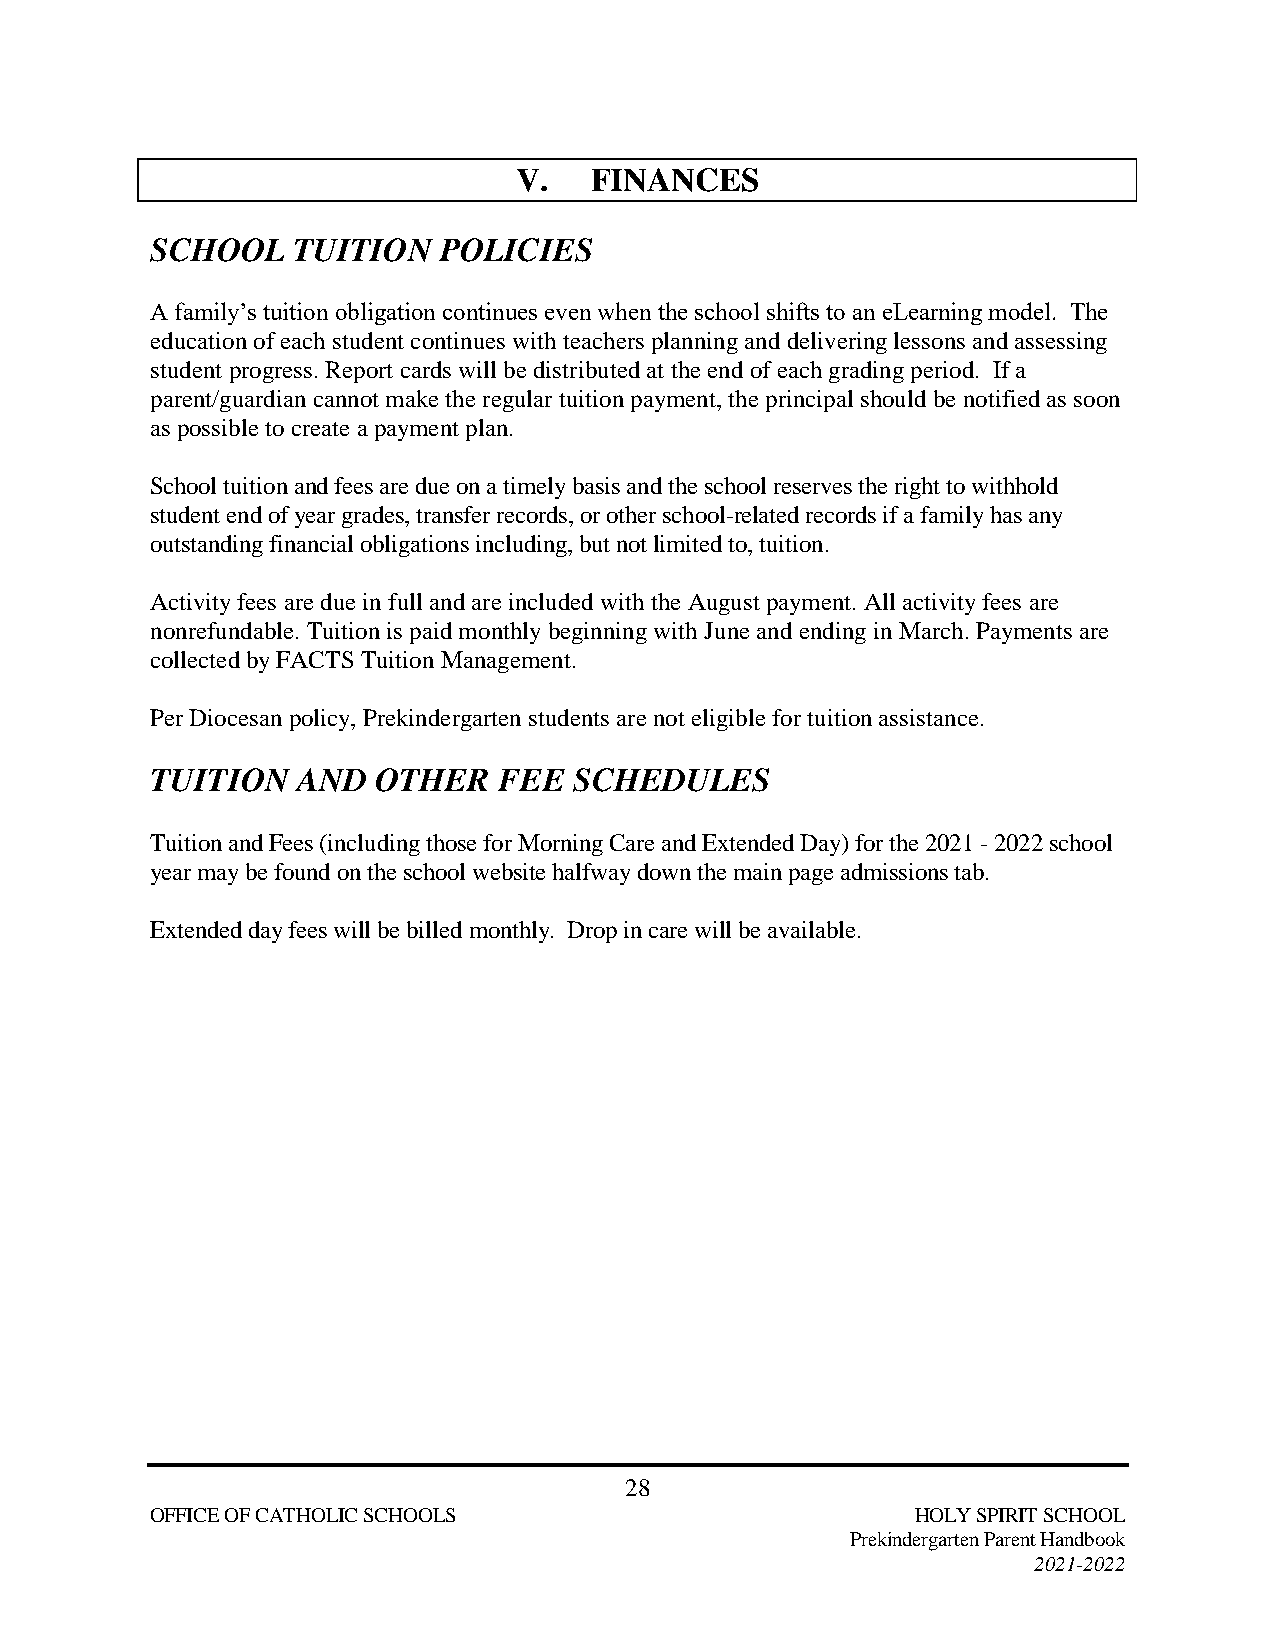
V.   FINANCES
 SCHOOL   TUITION   POLICIES
 A family’s tuition obligation continues even when the school shifts to an eLearning model. The
 education of each student continues with teachers planning and delivering lessons and assessing
 student progress. Report cards will be distributed at the end of each grading period. If a
 parent/guardian cannot make the regular tuition payment, the principal should be notified as soon
 as possible to create a payment plan.
 School tuition and fees are due on a timely basis and the school reserves the right to withhold
 student end of year grades, transfer records, or other school-related records if a family has any
 outstanding financial obligations including, but not limited to, tuition.
 Activity fees are due in full and are included with the August payment. All activity fees are
 nonrefundable. Tuition is paid monthly beginning with June and ending in March. Payments are
 collected by FACTS Tuition Management.
 Per Diocesan policy, Prekindergarten students are not eligible for tuition assistance.
 TUITION   AND  OTHER   FEE  SCHEDULES
 Tuition and Fees (including those for Morning Care and Extended Day) for the 2021 - 2022 school
 year may be found on the school website halfway down the main page admissions tab.
 Extended day fees will be billed monthly. Drop in care will be available.
 28
 OFFICE OF CATHOLIC SCHOOLS                         HOLY SPIRIT SCHOOL
 Prekindergarten Parent Handbook
 2021-2022